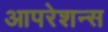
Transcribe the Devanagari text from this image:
आपरेशन्स